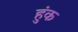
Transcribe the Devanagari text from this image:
हुंक